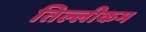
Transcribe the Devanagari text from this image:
तिल्लीकम